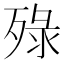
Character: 𬆚